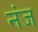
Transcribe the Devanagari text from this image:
नंज